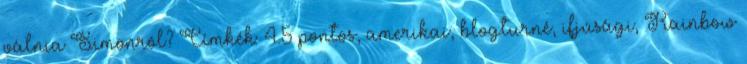
válnia Simonról? Címkék: 4.5 pontos, amerikai, blogturné, ifjúsági, Rainbow